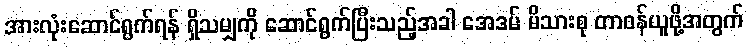
အားလုံးဆောင်ရွက်ရန် ရှိသမျှကို ဆောင်ရွက်ပြီးသည့်အခါ အေဒမ် မိသားစု တာဝန်ယူဖို့အတွက်